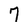
Character: 7